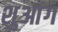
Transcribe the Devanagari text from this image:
शुआंग